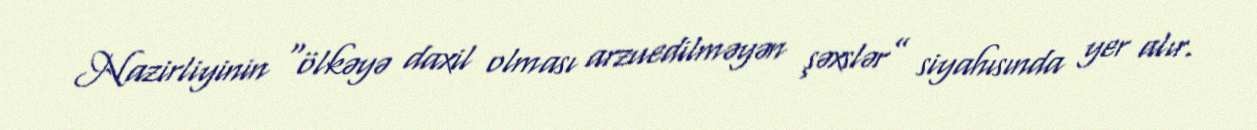
Nazirliyinin “ölkəyə daxil olması arzuedilməyən şəxslər” siyahısında yer alır.